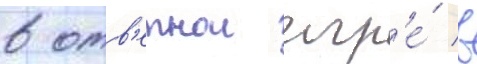
в отв'етнои игр'е́ в